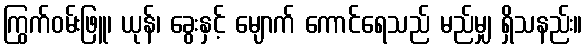
ကြွက်ဝမ်းဖြူ၊ ယုန်၊ ခွေးနှင့် မျောက် ကောင်ရေသည် မည်မျှ ရှိသနည်း။